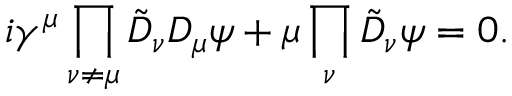
i \gamma ^ { \mu } \prod _ { \nu \ne \mu } \tilde { D } _ { \nu } D _ { \mu } \psi + \mu \prod _ { \nu } \tilde { D } _ { \nu } \psi = 0 .